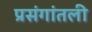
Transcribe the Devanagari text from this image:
प्रसंगांतली